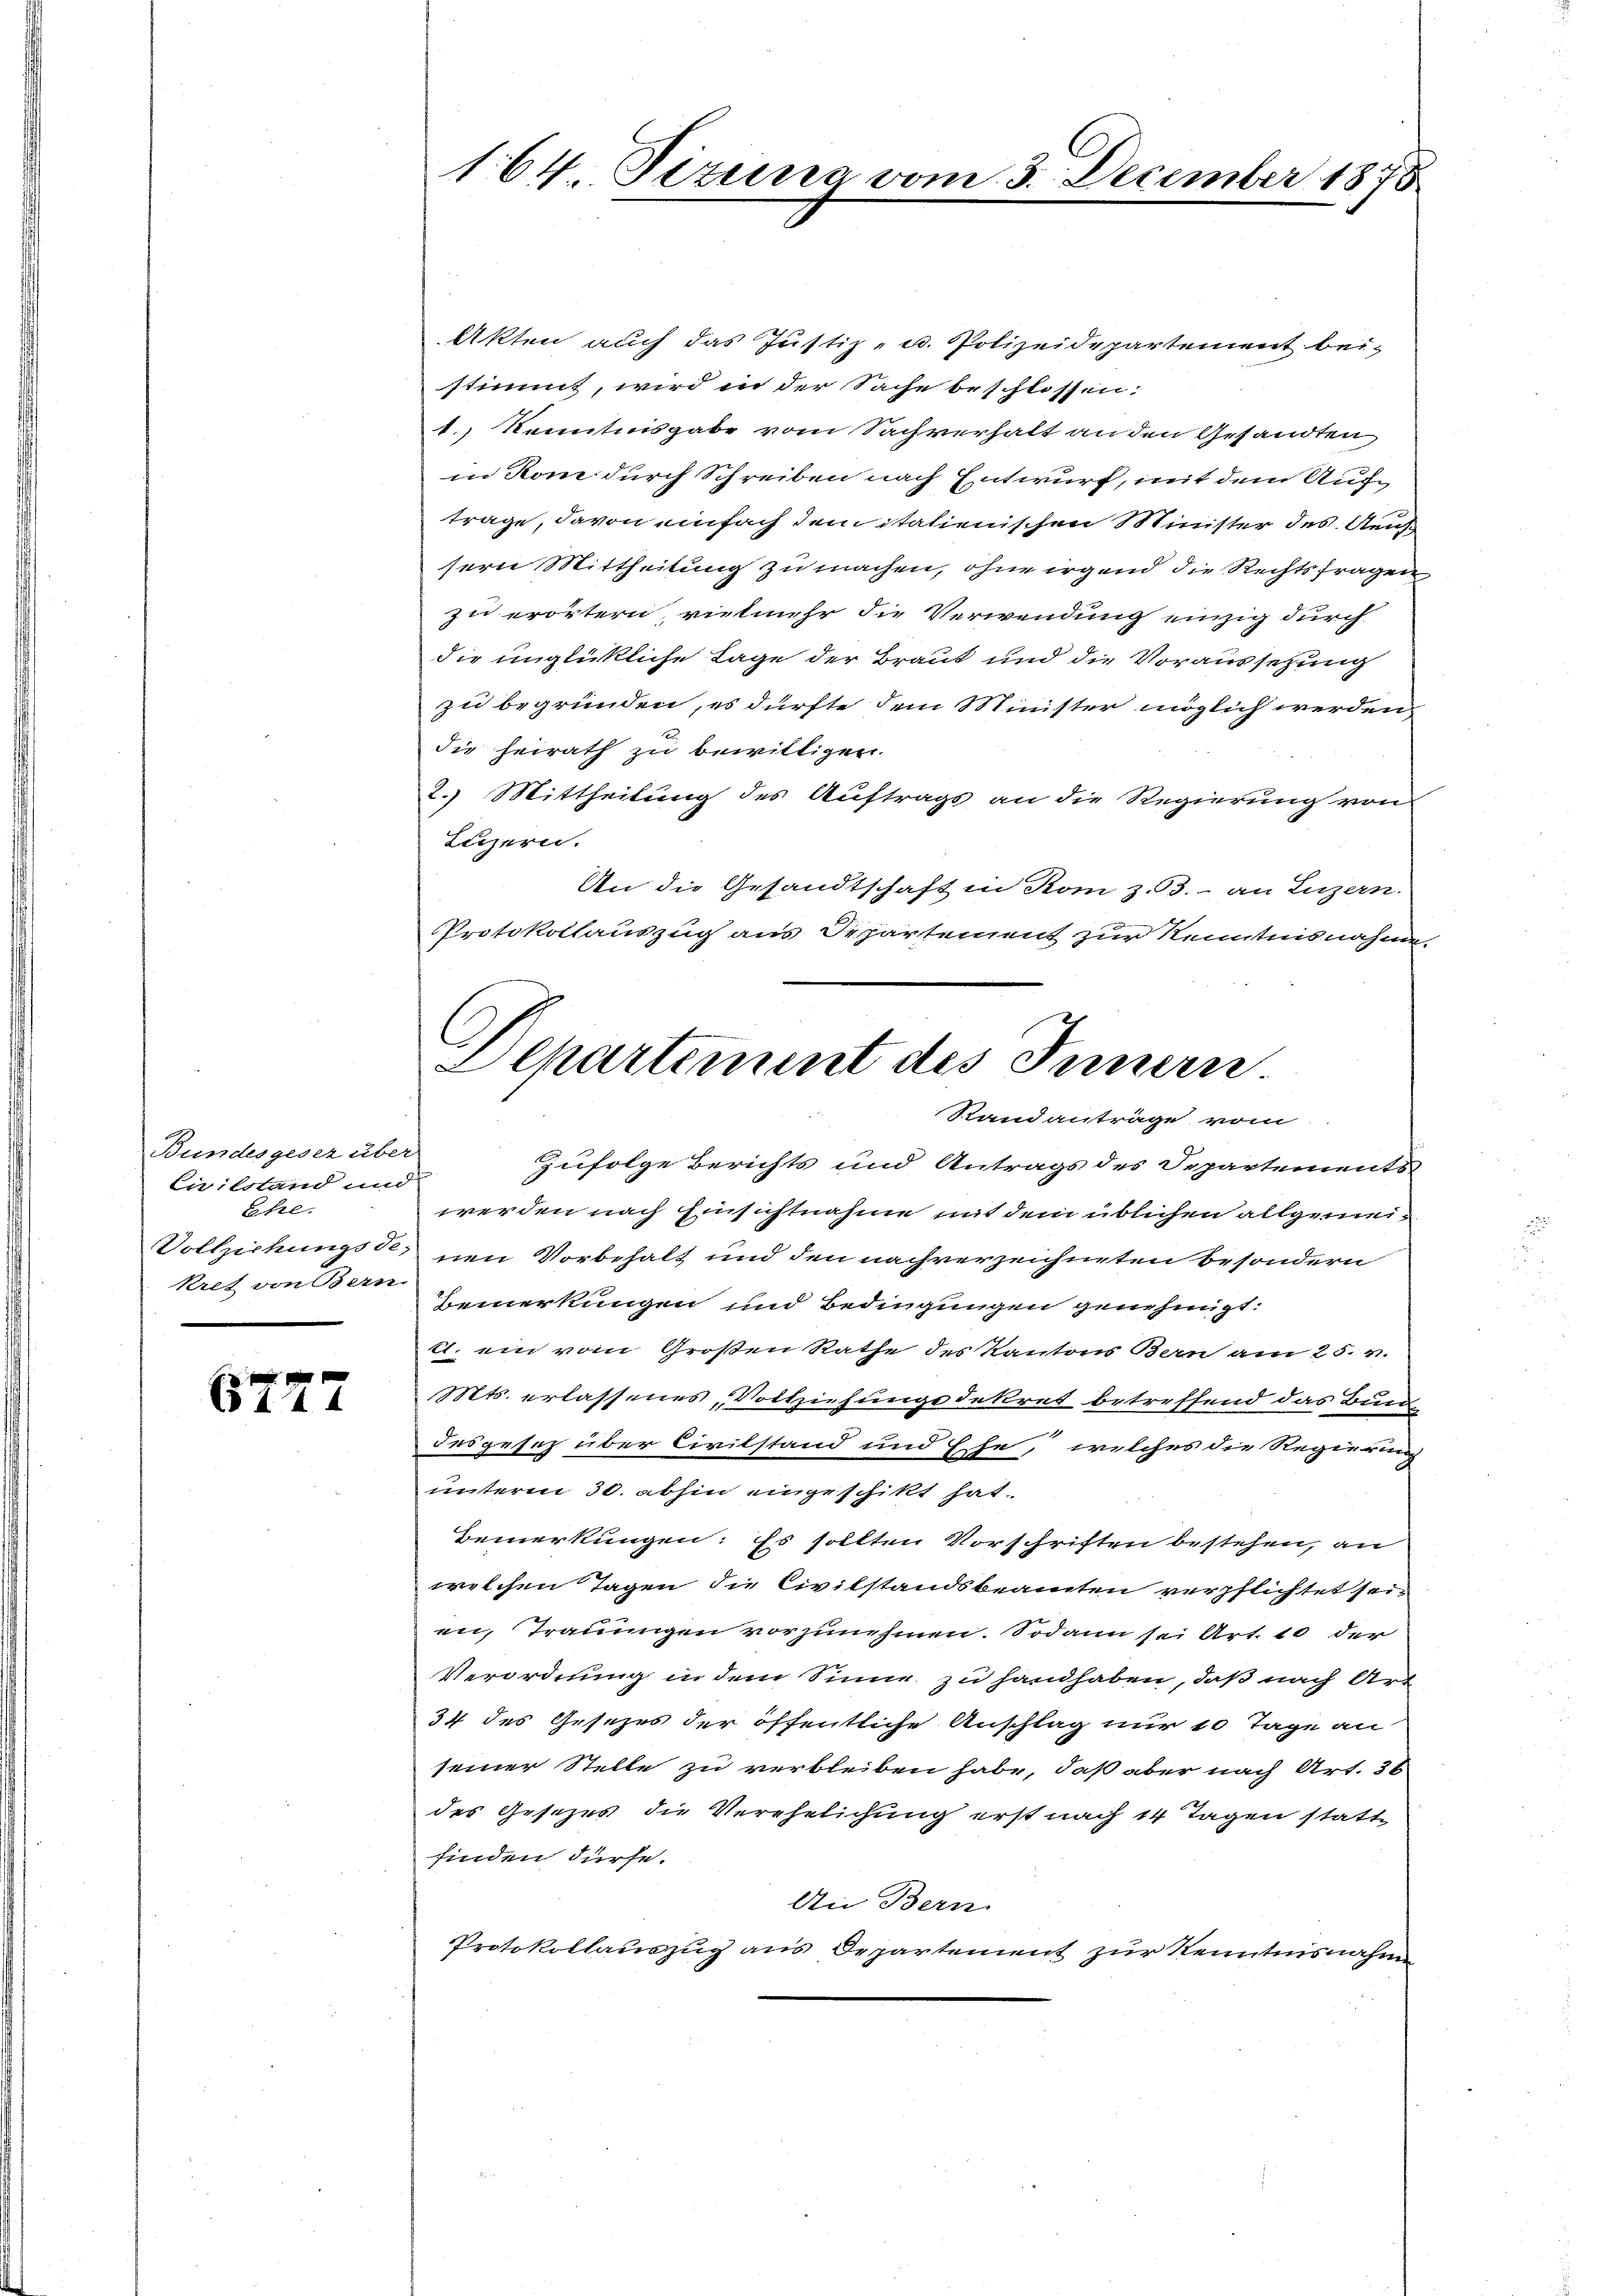
Bundesgesez über
Civilstand und
Ehe.
Vollziehungsde;
kret von Bern

f
144

164 Pizuna vom

Departiment des Innern
Standanträge vom

December 1875.

Akten auch das Justiz- u. Polizeidepartement beistimmt, wird in der Sache beschlossen:
1.) Kenntnisgabe vom Sachverhalt an den Gesandten
in Rom durch Schreiben nach Entwurf, mit dem Aufträge, davon einfach dem italienischen Minister des Aeus
sern Mittheilung zu machen, ohne irgend die Rechtsfragen
zu erörtern, vielmehr die Verwendung einzig durch
die unglückliche Lage der Braut und die Voraussetzung
zu begründen, es dürfte dem Minister möglich werden,
die heirath zu bewilligen.
2.) Mittheilung des Auftrags an die Regierung von
Luzern.
An die Gesandtschaft in Rom z. 53. - an Luzern.
Protokollauszug aus Departement zur Kenntnisnahme.
zufolge Berichts und Antrags des Departements
werden nach Einsichtnahme mit dem üblichen allgemeinen Vorbehalt und den nachverzeichneten Besondern
Bemerkungen und Bedingungen genehmigt:
11. ein vom Großen Rathe des Kantons Bern am 25. v.
Mts. erlassenes Vollziehungsdekret betreffend das Bun
desgesez über Civilstand und Ehe, welches die Regierung
unterm 30. abhin eingeschikt hat.
Bemerkungen. Es sollten Vorschriften bestehen, an
welchen Tagen die Civilstandsbeamten verpflichtet sein
an, Trauungen vorzunehmen. Sodann sei Art. 10 der
Verordnung in dem Sinne zu handhaben, daß nach Art
34 des Gesezes der öffentliche Anschlag nur 10 Tage an
seiner Stelle zu verbleiben habe, daß aber nach Art. 36
des Gesezes die Verehelichung erst nach 14 Tagen statte
finden dürfe.
An Bern
Protokollauszug aus Departement zur Kenntnisnahm